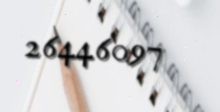
26446097